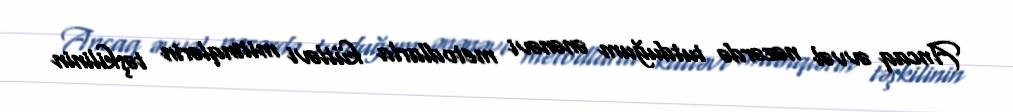
Ancaq əvvəl nəzərdə tutduğum ənənəvi metodlarla kütləvi mitinqlərin təşkilinin